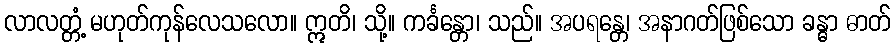
လာလတ္တံ့ မဟုတ်ကုန်လေသလော။ ဣတိ၊ သို့။ ကင်္ခန္တော၊ သည်။ အပရန္တေ၊ အနာဂတ်ဖြစ်သော ခန္ဓာ ဓာတ်